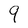
Character: 9